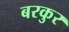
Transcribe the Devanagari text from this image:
बरकुर